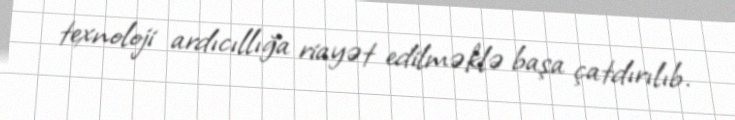
texnoloji ardıcıllığa riayət edilməklə başa çatdırılıb.